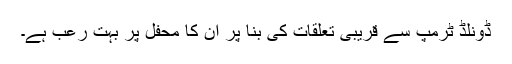
ڈونلڈ ٹرمپ سے قریبی تعلقات کی بنا پر ان کا محفل پر بہت رعب ہے۔